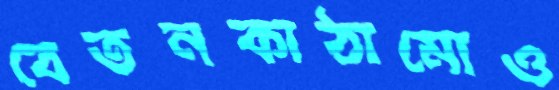
বেতনকাঠামোও